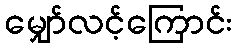
မျှော်လင့်ကြောင်း